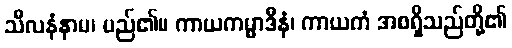
သီလနံနာမ၊ မည်၏။ ကာယကမ္မာဒီနံ၊ ကာယကံ အစရှိသည်တို့၏